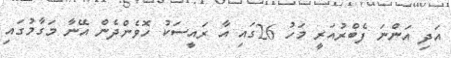
އަދި އަންނަ ފެބްރުއަރީ މަހު 26ގައި އާ ރައީސަކު ހޮވެންދެން އޭނާ މަގާމުގައި